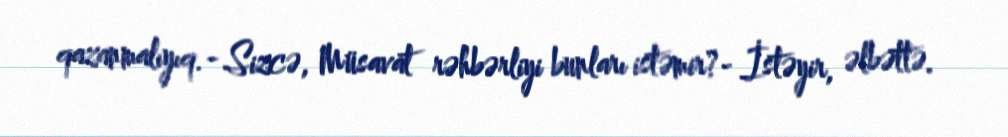
qazanmalıyıq.- Sizcə, Müsavat rəhbərliyi bunları istəmir?- İstəyir, əlbəttə.